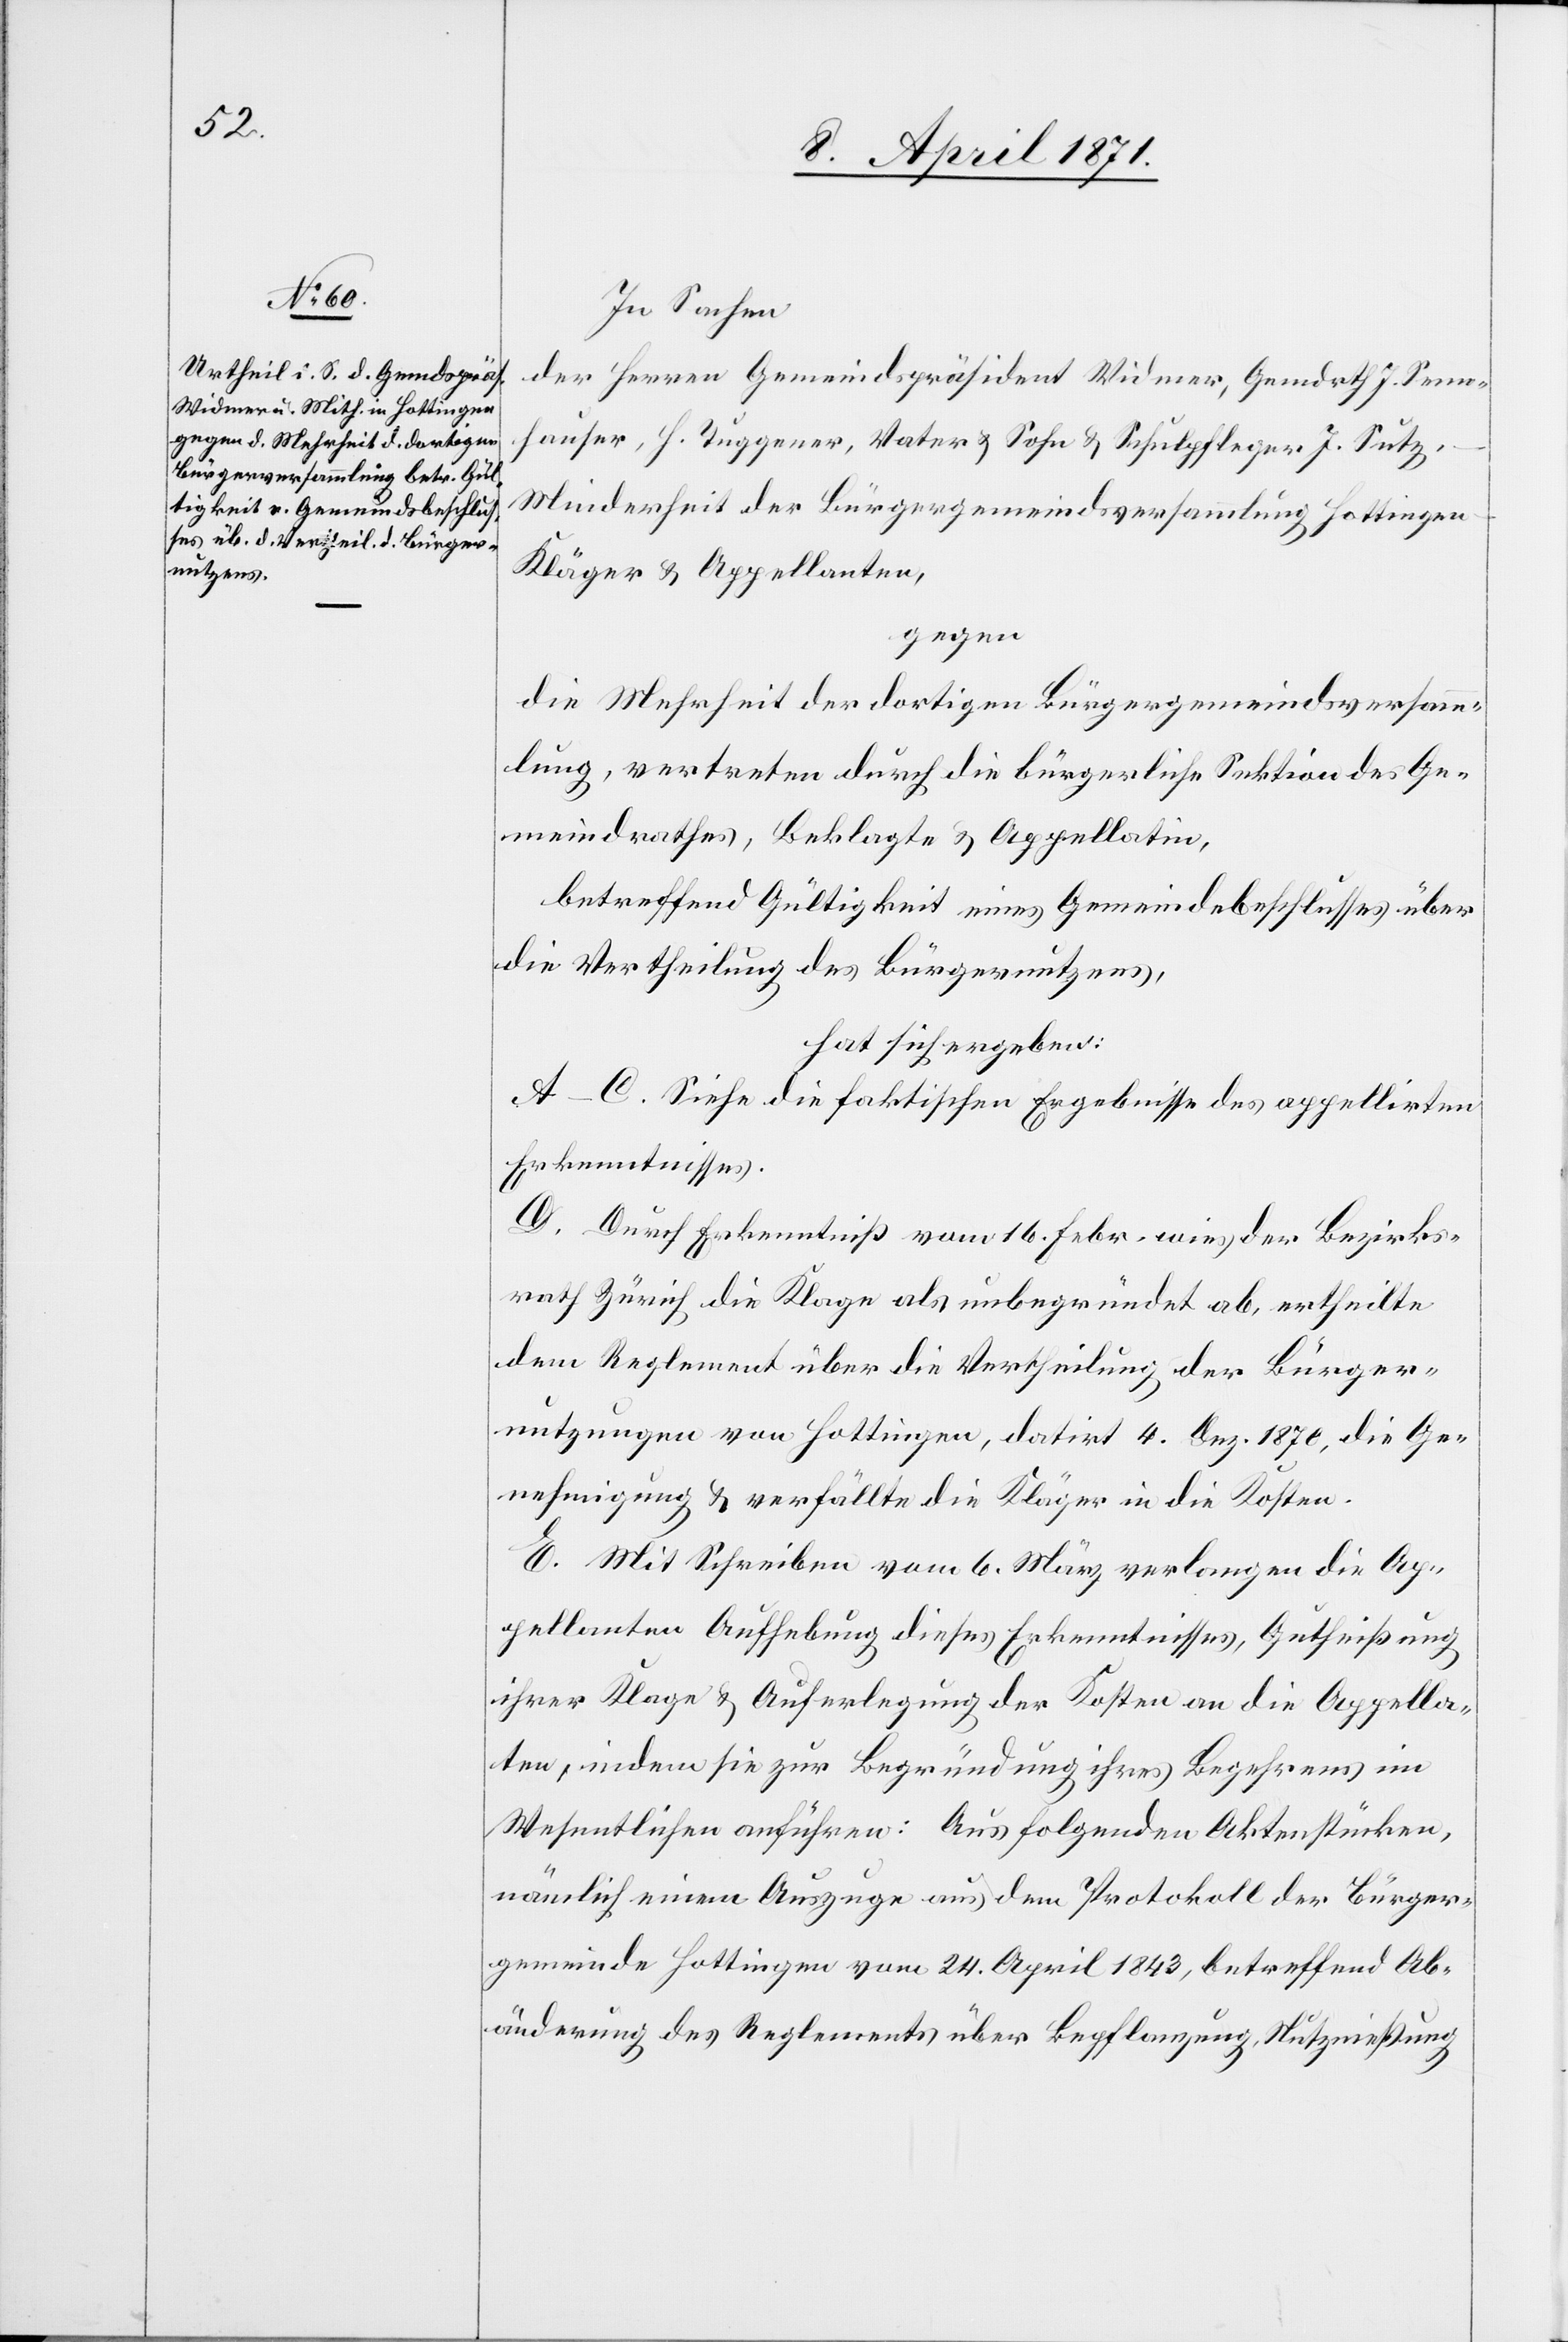
In Sachen
der Herren Gemeindspräsident Widmer, Gemdrth J. Senn¬
hauser, H. Tuggener, Vater u. Sohn u. Schulpfleger J. Sutz,
Minderheit der Bürgergemeindsversammlung Hottingen
Kläger u. Appellanten,
gegen
die Mehrheit der dortigen Bürgergemeindsversamm¬
lung, vertreten durch die bürgerliche Sektion des Ge¬
meindrathes, Beklagte u. Appellatin,
betreffend Gültigkeit eines Gemeindebeschlusses über
die Vertheilung des Bürgernutzens,
hat sich ergeben:
A–C. Siehe die faktischen Ergebnisse des appellirten
Erkenntnisses.
D. Durch Erkenntniß vom 16. Febr. wies der Bezirks¬
rath Zürich die Klage als unbegründet ab, ertheilte
dem Reglement über die Vertheilung der Bürger¬
nutzungen von Hottingen, datirt 4. Dez. 1870, die Ge¬
nehmigung u. verfällte die Klägerin in die Kosten.
E. Mit Schreiben vom 6. März verlangen die Ap¬
pellanten Aufhebung dieses Erkenntnisses, Gutheißung
ihrer Klage u. Auferlegung der Kosten an die Appella¬
ten, indem sie zur Begründung ihres Begehrens im
Wesentlichen anführen: Aus folgenden Aktenstücken,
nämlich einem Auszuge aus dem Protokoll der Bürger¬
gemeinde Hottingen vom 24. April 1843, betreffend Ab¬
änderung des Reglements über Bepflanzung, Nutznießung